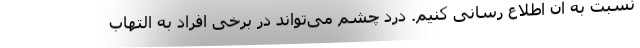
نسبت به آن اطلاع رسانی کنیم. درد چشم می‌تواند در برخی افراد به التهاب